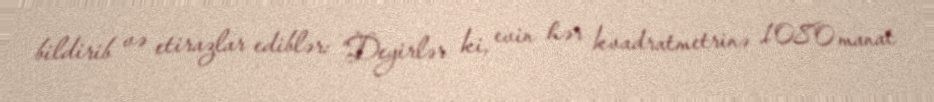
bildirib və etirazlar ediblər: “Deyirlər ki, evin hər kvadratmetrinə 1080 manat